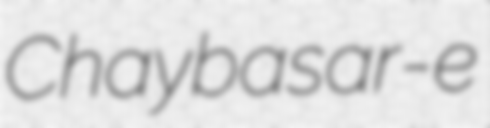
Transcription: Chaybasar-e